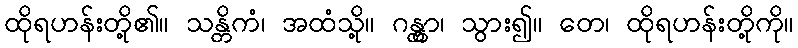
ထိုရဟန်းတို့၏။ သန္တိကံ၊ အထံသို့။ ဂန္တွာ၊ သွား၍။ တေ၊ ထိုရဟန်းတို့ကို။